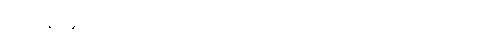
ဘရာဇီးအသင်းသည် ခြေစစ်ပွဲအောင်ခဲ့သော်လည်း စိတ်မအေးရသေး။